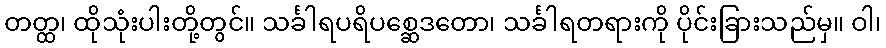
တတ္ထ၊ ထိုသုံးပါးတို့တွင်။ သင်္ခါရပရိပစ္ဆေဒတော၊ သင်္ခါရတရားကို ပိုင်းခြားသည်မှ။ ဝါ၊